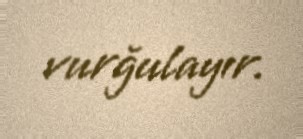
vurğulayır.